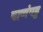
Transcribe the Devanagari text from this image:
पाणंपट्ट